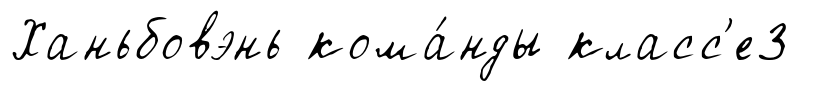
Ханьбовэнь кома́нды класс'е3